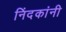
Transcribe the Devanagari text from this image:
निंदकांनी